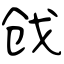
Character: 戗